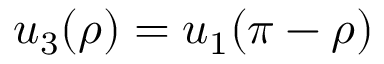
u _ { 3 } ( \rho ) = u _ { 1 } ( \pi - \rho )